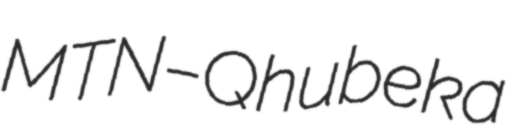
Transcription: MTN–Qhubeka